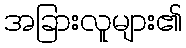
အခြားလူများ၏